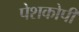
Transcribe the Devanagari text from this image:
पेशकोपी